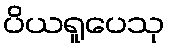
ပိယရူပေသု